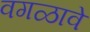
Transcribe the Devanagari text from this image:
वगळावे